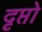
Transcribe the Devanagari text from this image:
दृप्तो